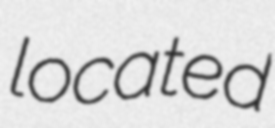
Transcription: located